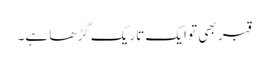
قبر بھی تو ایک تاریک گڑھا ہے۔